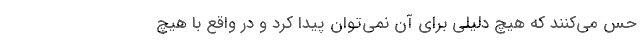
حس می‌کنند که هیچ دلیلی برای آن نمی‌توان پیدا کرد و در واقع با هیچ